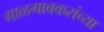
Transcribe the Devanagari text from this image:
माळगावकरांच्या